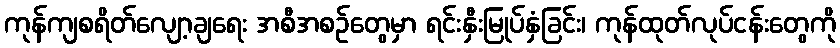
ကုန်ကျစရိတ်လျော့ချရေး အစီအစဉ်တွေမှာ ရင်းနှီးမြုပ်နှံခြင်း၊ ကုန်ထုတ်လုပ်ငန်းတွေကို